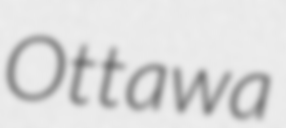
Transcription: Ottawa